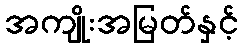
အကျိုးအမြတ်နှင့်